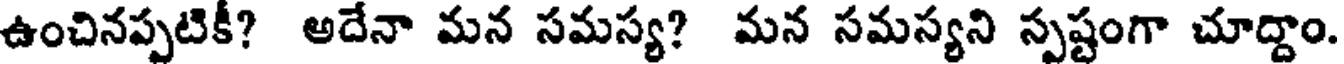
ఉంచినప్పటికీ? అదేనా మన సమస్య? మన సమస్యని స్పష్టంగా చూద్దాం.